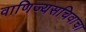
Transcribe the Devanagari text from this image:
वाणिज्यसचिवाचा